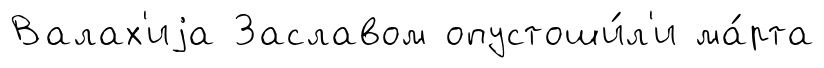
Валах'иjа Заславом опустоши́л'и ма́рта